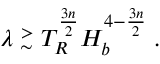
\lambda \stackrel { > } { _ \sim } T _ { R } ^ { \frac { 3 n } { 2 } } H _ { b } ^ { 4 - \frac { 3 n } { 2 } } \; .